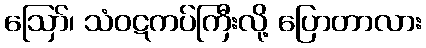
ဪ၊ သံဝဋကပ်ကြီးလို့ ပြောတာလား